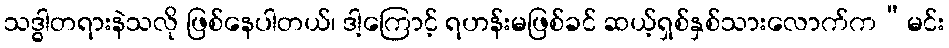
သဒ္ဓါတရားနဲသလို ဖြစ်နေပါတယ်၊ ဒါ့ကြောင့် ရဟန်းမဖြစ်ခင် ဆယ့်ရှစ်နှစ်သားလောက်က“မင်း